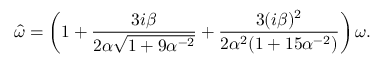
\hat { \omega } = \left( 1 + \frac { 3 i \beta } { 2 \alpha \sqrt { 1 + 9 \alpha ^ { - 2 } } } + \frac { 3 ( i \beta ) ^ { 2 } } { 2 \alpha ^ { 2 } ( 1 + 1 5 \alpha ^ { - 2 } ) } \right) \omega .